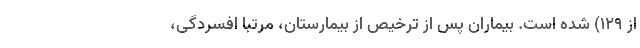
از ۱۲۹) شده است. بیماران پس از ترخیص از بیمارستان، مرتباً افسردگی،